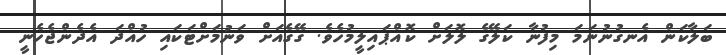
ބަލާކަން އެނގުނުނަމަ މިފުނާ ކަލޭގެ ލޮލަށް ކޮއްޕައިލީމުހެވެ. ގޭގެއަށް ވަނުމަށްޓަކައި ހުއްދަ އެދެންޖެހެނީ